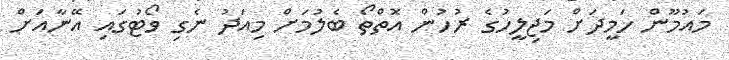
މައުމޫން ހަމީދަށް މަޖިލީހުގެ ރުހުން އޮތްތޯ ބެލުމަށް މިއަދު ނެގި ވޯޓުގައި އޭނާއަށް